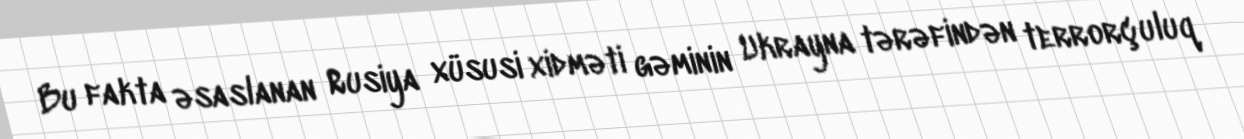
Bu fakta əsaslanan Rusiya xüsusi xidməti gəminin Ukrayna tərəfindən terrorçuluq